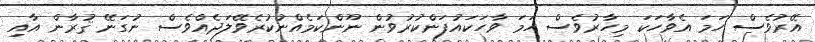
އޭރުވެސް ހަމަ އެވާހަކަ މިހާރުވެސް ހަމަ ވާހަކައުފަންކުރުވުން ނޫންކަމެއްނުކުރެވޭލަދެއްވެސް ނުގަނޭ ޤުރާން އާއި